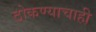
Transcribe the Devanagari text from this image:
ठोकण्याचाही